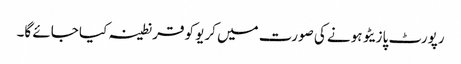
رپورٹ پازیٹو ہونے کی صورت میں کریو کو قرنطینہ کیا جائے گا۔